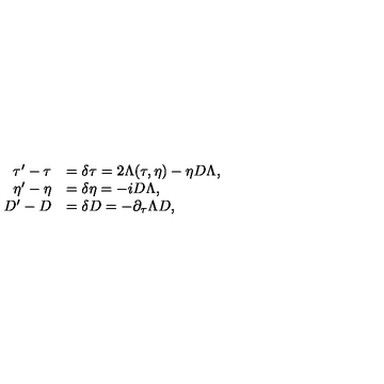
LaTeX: \begin{array} { r l } { \tau ^ { \prime } - \tau } & { = \delta \tau = 2 \Lambda ( \tau , \eta ) - \eta D \Lambda , } \\ { \eta ^ { \prime } - \eta } & { = \delta \eta = - i D \Lambda , } \\ { D ^ { \prime } - D } & { = \delta D = - \partial _ { \tau } \Lambda D , } \\ \end{array}